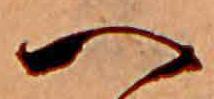
へ